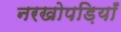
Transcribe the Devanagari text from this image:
नरखोपड़ियाँ